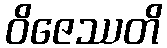
ဝိဇေဿတိ